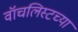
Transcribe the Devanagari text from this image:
वॉचलिस्टच्या